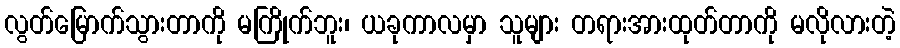
လွတ်မြောက်သွားတာကို မကြိုက်ဘူး၊ ယခုကာလမှာ သူများ တရားအားထုတ်တာကို မလိုလားတဲ့